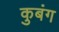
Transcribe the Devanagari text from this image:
कुबंग